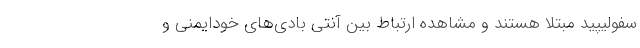
سفولیپید مبتلا هستند و مشاهده ارتباط بین آنتی بادی‌های خودایمنی و